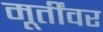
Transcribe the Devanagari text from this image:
मूर्तींवर